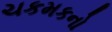
ચકમકનો